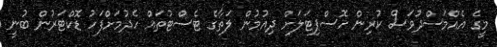
މީގެ އެއްމަސްދުވަސް ކުރިން ހޮސްޕިޓަލަށް ދިއުމުން ލަތާގެ ޓެސްޓުތައް ހެދުމަށްފަހު ޑޮކްޓަރުން ބުނީ